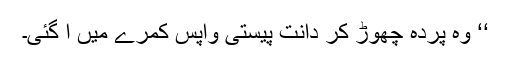
‘‘ وہ پردہ چھوڑ کر دانت پیستی واپس کمرے میں آ گئی۔